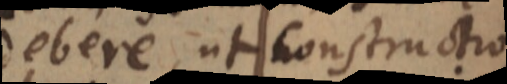
debere ut constructio